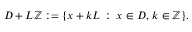
\begin{array} { r } { D + L \mathbb { Z } : = \{ x + k L \, : \, x \in D , \, k \in \mathbb { Z } \} . } \end{array}